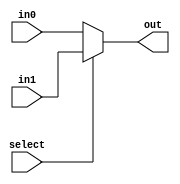
module mux_2_64B(out, select, in0, in1);
	input select;
	input [63:0] in0, in1;
	output [63:0] out;
	assign out = select ? in1 : in0;
endmodule